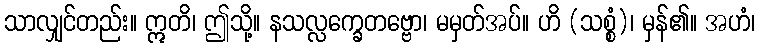
သာလျှင်တည်း။ ဣတိ၊ ဤသို့။ နသလ္လက္ခေတဗ္ဗော၊ မမှတ်အပ်။ ဟိ (သစ္စံ)၊ မှန်၏။ အဟံ၊